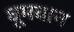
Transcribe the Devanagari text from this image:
धूमवान